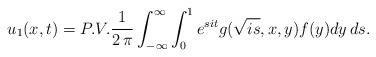
LaTeX: \begin{align*}u_1(x,t)=P. V.\frac{1}{2 \, \pi} \int_{-\infty}^{\infty}\int_{0}^{1}{ e^{s i t} g(\sqrt{i s},x,y) f(y) dy\, ds}.\end{align*}